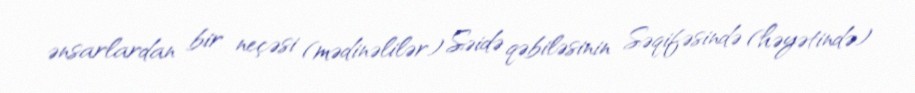
ənsarlardan bir neçəsi (mədinəlilər) Səidə qəbiləsinin Səqifəsində (həyətində)